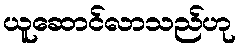
ယူဆောင်လာသည်ဟု